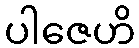
ပါဇေဟိ